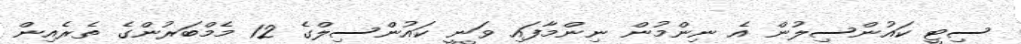
ސިޓީ ކައުންސިލުން އެ ނިންމުން ނިންމާފައި ވަނީ ކައުންސިލްގެ 12 މެމްބަރުންގެ ތެރެއިން